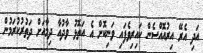
އަދި އެރޭ އިރުއޮއްސެން ކައިރިވެފައި ވަނިކޮށް އެ އަތޮޅު ވާދުއާ ދިމާއަށް ދަތުރުކުރަމުން